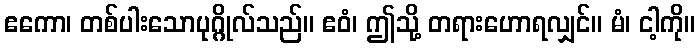
ဧကော၊ တစ်ပါးသောပုဂ္ဂိုလ်သည်။ ဧဝံ၊ ဤသို့ တရားဟောရလျှင်။ မံ၊ ငါ့ကို။